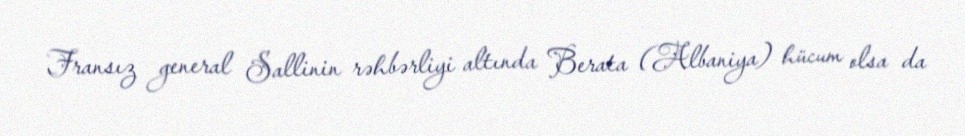
Fransız general Sallinin rəhbərliyi altında Berata (Albaniya) hücum olsa da